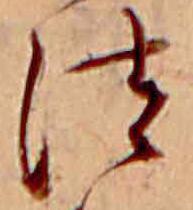
法